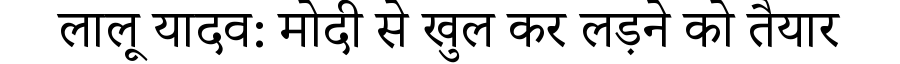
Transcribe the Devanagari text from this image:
लालू यादव: मोदी से खुल कर लड़ने को तैयार